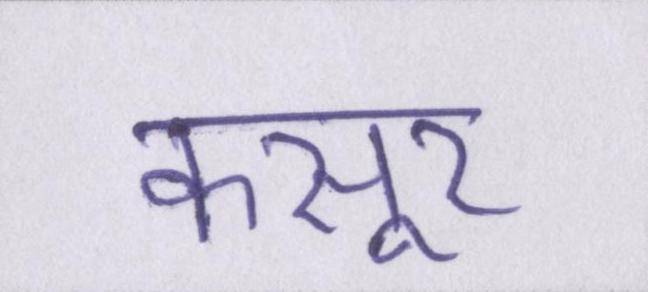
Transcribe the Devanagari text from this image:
कसूर